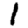
Digit: 1